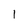
Character: 1